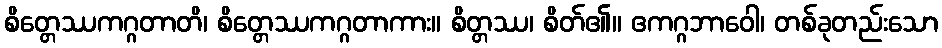
စိတ္တေဿကဂ္ဂတာတိ၊ စိတ္တေဿကဂ္ဂတာကား။ စိတ္တဿ၊ စိတ်၏။ ဧကဂ္ဂဘာဝေါ၊ တစ်ခုတည်းသော